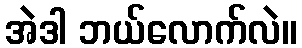
အဲဒါ ဘယ်လောက်လဲ။